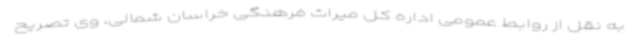
به نقل از روابط عمومی اداره کل میراث فرهنگی خراسان شمالی، وی تصریح